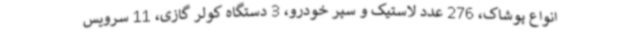
انواع پوشاک، 276 عدد لاستیک و سپر خودرو، 3 دستگاه کولر گازی، 11 سرویس